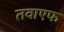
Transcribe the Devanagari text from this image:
तवाएफ